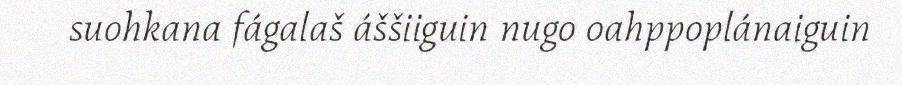
suohkana fágalaš áššiiguin nugo oahppoplánaiguin